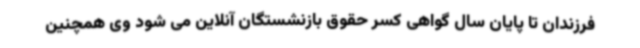
فرزندان تا پایان سال گواهی کسر حقوق بازنشستگان آنلاین می شود وی همچنین